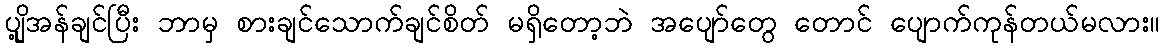
ပျို့အန်ချင်ပြီး ဘာမှ စားချင်သောက်ချင်စိတ် မရှိတော့ဘဲ အပျော်တွေ တောင် ပျောက်ကုန်တယ်မလား။